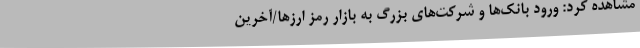
مشاهده کرد: ورود بانک‌ها و شرکت‌های بزرگ به بازار رمز ارزها/آخرین